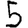
Digit: 5